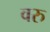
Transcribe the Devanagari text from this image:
वरु